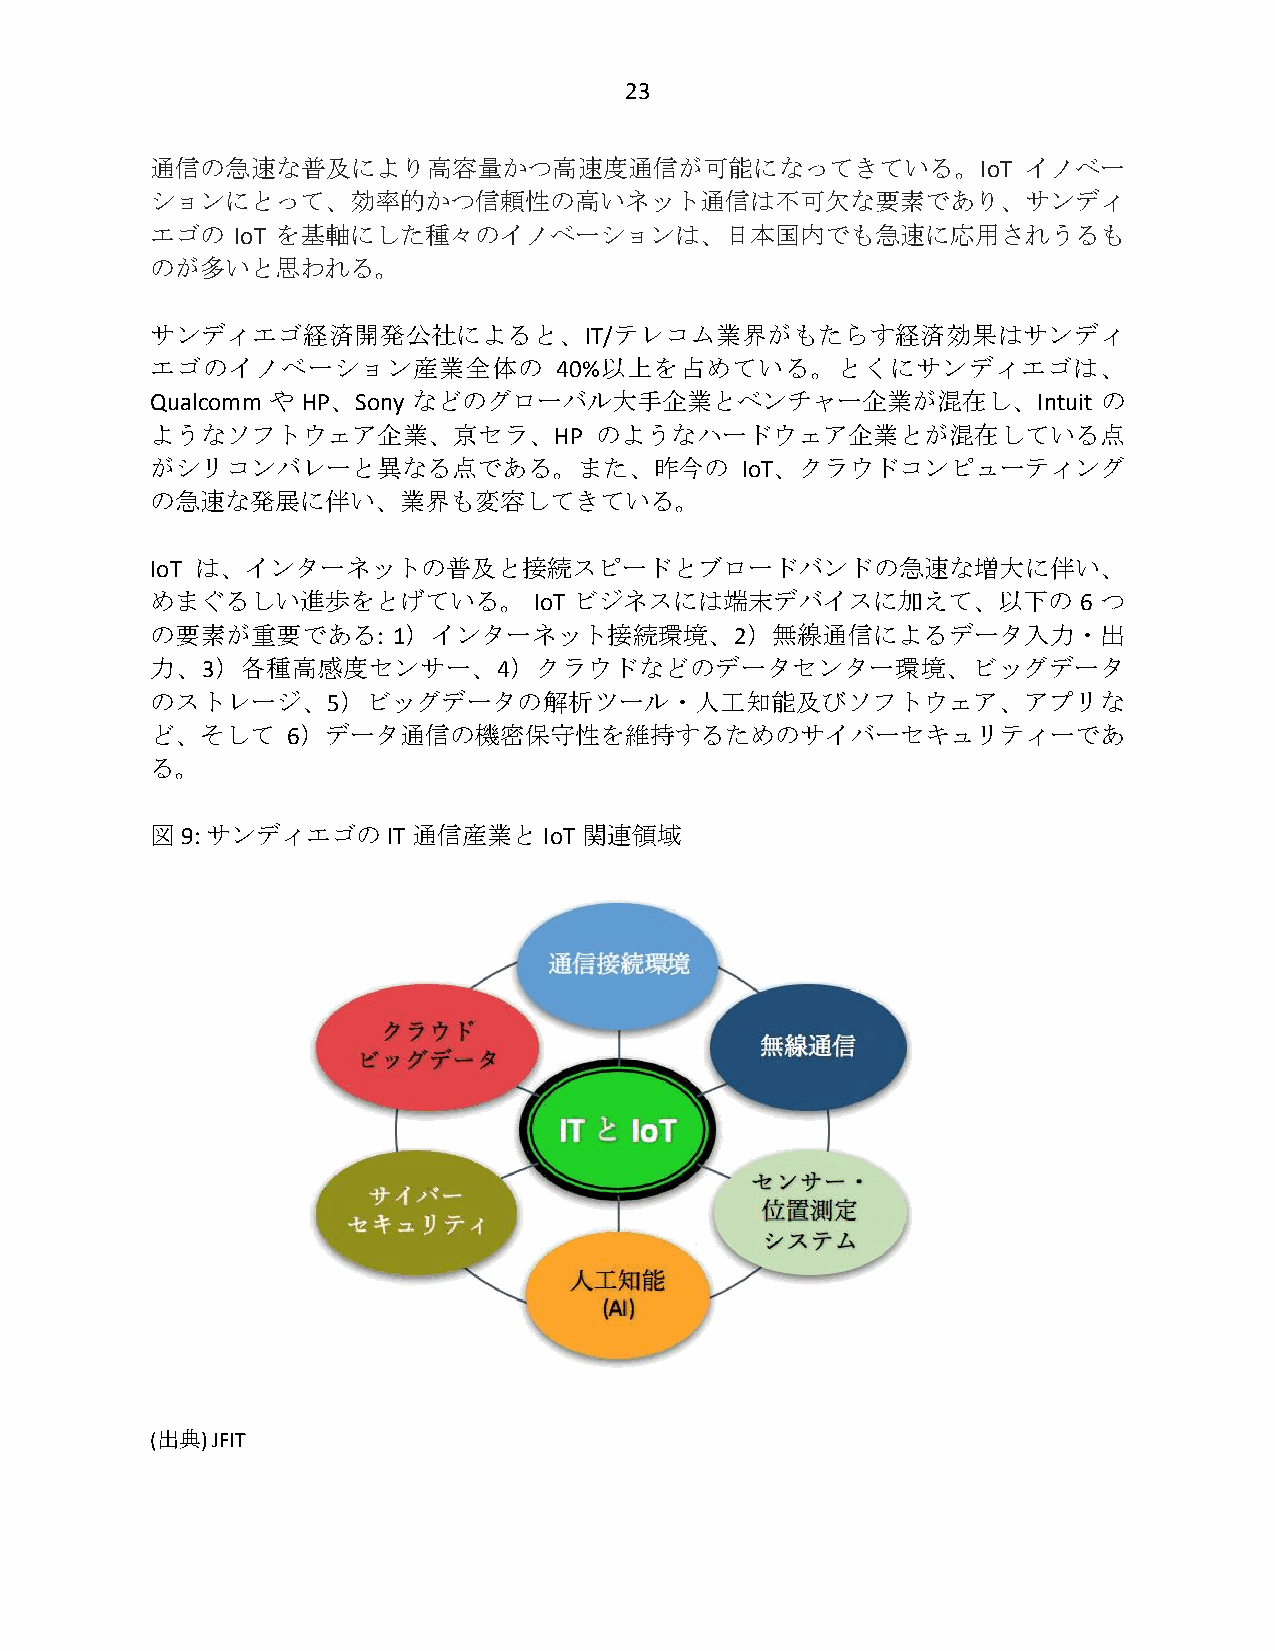
23
 通信の急速な普及により高容量かつ高速度通信が可能になってきている。IoT                      イノベー
 ションにとって、効率的かつ信頼性の高いネット通信は不可欠な要素であり、サンディ
 エゴの  IoT を基軸にした種々のイノベーションは、日本国内でも急速に応用されうるも
 のが多いと思われる。
 サンディエゴ経済開発公社によると、IT/テレコム業界がもたらす経済効果はサンディ
 エゴのイノベーション産業全体の            40%以上を占めている。とくにサンディエゴは、
 Qualcomm や HP、Sony などのグローバル大手企業とベンチャー企業が混在し、Intuit             の
 ようなソフトウェア企業、京セラ、HP           のようなハードウェア企業とが混在している点
 がシリコンバレーと異なる点である。また、昨今の                IoT、クラウドコンピューティング
 の急速な発展に伴い、業界も変容してきている。
 IoT は、インターネットの普及と接続スピードとブロードバンドの急速な増大に伴い、
 めまぐるしい進歩をとげている。          IoT ビジネスには端末デバイスに加えて、以下の             6 つ
 の要素が重要である:      1）インターネット接続環境、2）無線通信によるデータ入力・出
 力、3）各種高感度センサー、4）クラウドなどのデータセンター環境、ビッグデータ
 のストレージ、5）ビッグデータの解析ツール・人工知能及びソフトウェア、アプリな
 ど、そして    6）データ通信の機密保守性を維持するためのサイバーセキュリティーであ
 る。
 図 9: サンディエゴの    IT 通信産業とIoT  関連領域
 (出典) JFIT